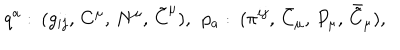
LaTeX: q ^ { a } : \: ( g _ { i j } , \, C ^ { \mu } , \, N ^ { \mu } , \, \tilde { C } ^ { \mu } ) , \: \: p _ { a } : \: ( \pi ^ { i j } , \, \bar { C } _ { \mu } , \, P _ { \mu } , \, \bar { \tilde { C } } _ { \mu } ) ,